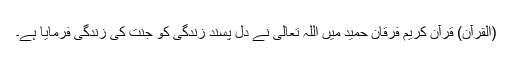
(القرآن) قرآن کریم فرقان حمید میں اللہ تعالیٰ نے دل پسند زندگی کو جنت کی زندگی فرمایا ہے۔